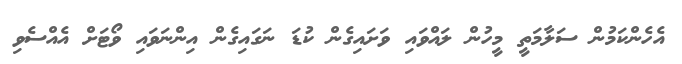
އެހެންކަމުން ސަލާމަތީ މީހުން ލައްވައި ވަށައިގެން ކުޑަ ނަގައިގެން އިންނަވައި ވޯޓަށް އެއްސެވި